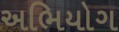
અભિયોગ